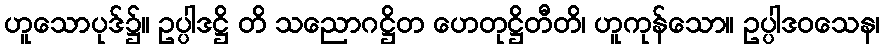
ဟူသောပုဒ်၌။ ဥပ္ပါဒဋ္ဌိ တိ သညောဂဋ္ဌိတ ဟေတုဋ္ဌိတီတိ၊ ဟူကုန်သော။ ဥပ္ပါဒဝသေန၊